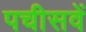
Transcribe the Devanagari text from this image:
पचीसवें